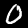
Label: 0